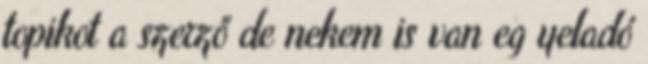
topikot a szerző de nekem is van eg yeladó